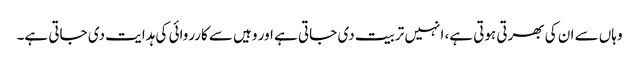
وہاں سے ان کی بھرتی ہوتی ہے، انہیں تربیت دی جاتی ہے اور وہیں سے کارروائی کی ہدایت دی جاتی ہے۔